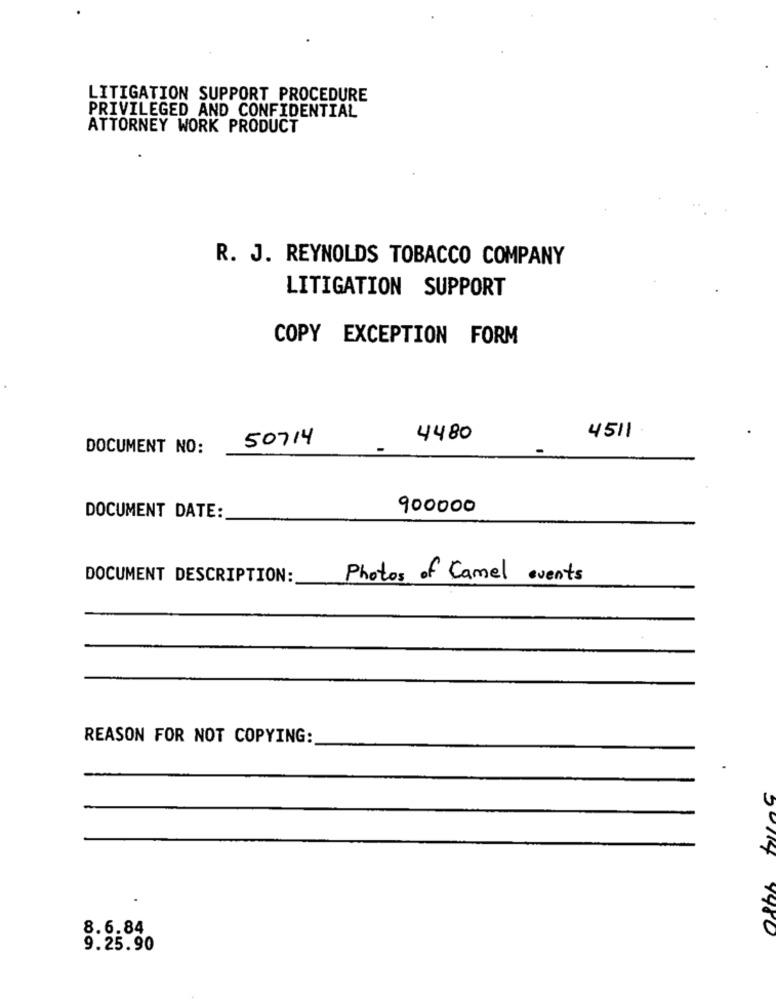
LITIGATION SUPPORT PROCEDURE
PRIVILEGED AND CONFIDENTIAL
ATTORNEY WORK PRODUCT
R. J. REYNOLDS TOBACCO COMPANY
LITIGATION SUPPORT
COPY EXCEPTION FORM
50714
4480
4511
DOCUMENT NO:
900000
DOCUMENT DATE:
DOCUMENT DESCRIPTION:
Photos of Camel events
REASON FOR NOT COPYING:
8.6.84
1980
9.25.90